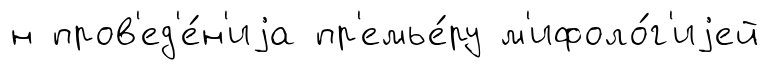
н пров'ед'е́н'иjа пр'емье́ру м'ифоло́г'иjей